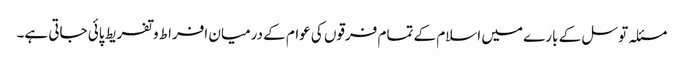
مسئلہ توسل کے بارے میں اسلام کے تمام فرقوں کی عوام کے درمیان افراط و تفریط پائی جاتی ہے۔